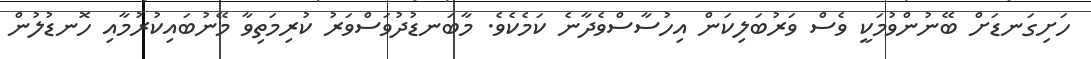
ހަށިގަނޑަށް ބޭނުންވުމަކީ ވެސް ވަރުބަލިކަން އިހުސާސްވެދާނެ ކަމެކެވެ. މާބަނޑުދުވަސްވަރު ކުރިމަތިވާ މޭނުބައިކުރުމާއި ހޮނޑުލުން